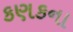
કણકના